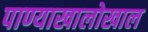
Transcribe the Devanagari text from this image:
पाण्याखालोखाल